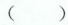
()